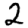
Digit: 2